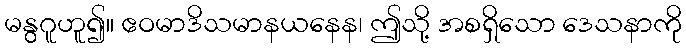
မနွဂူဟူ၍။ ဧဝမာဒိသမာနယနေန၊ ဤသို့ အစရှိသော ဒေသနာကို